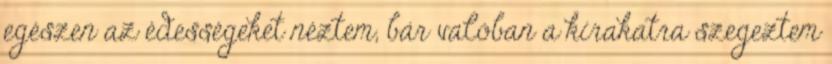
egészen az édességeket néztem, bár valóban a kirakatra szegeztem